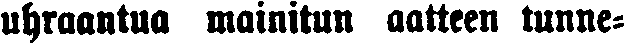
uhraantua mainitun aatteen tunne-